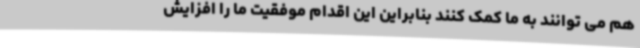
هم می توانند به ما کمک کنند بنابراین این اقدام موفقیت ما را افزایش